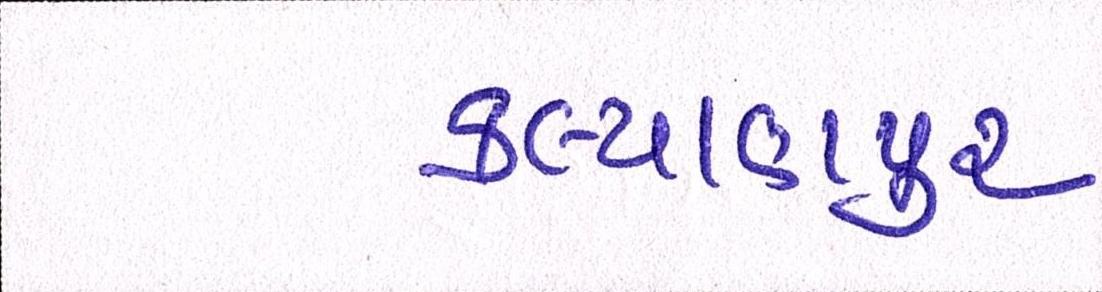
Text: કલ્યાણપુર